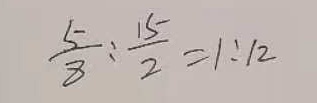
\frac { 5 } { 8 } : \frac { 1 5 } { 2 } = 1 : 1 2